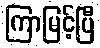
ကြာမြင့်ပြီ